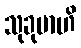
သုခုမာဟိ